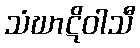
သံဃာဋိဝါသီ